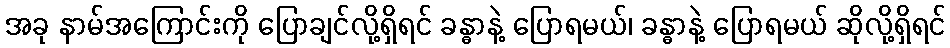
အခု နာမ်အကြောင်းကို ပြောချင်လို့ရှိရင် ခန္ဓာနဲ့ ပြောရမယ်၊ ခန္ဓာနဲ့ ပြောရမယ် ဆိုလို့ရှိရင်